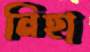
নিহা